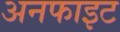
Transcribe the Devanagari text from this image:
अनफाइट